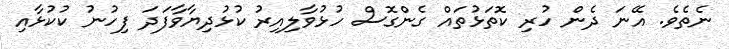
ނެތެވެ. އޭނަ ދެން ހުރި ކޮތަޅުތައް ގެންގޮސް ހުޅުވާލިއިރު ކުޅުދިޔާވާފަދަ ފިހުނު ކުކުޅާއި